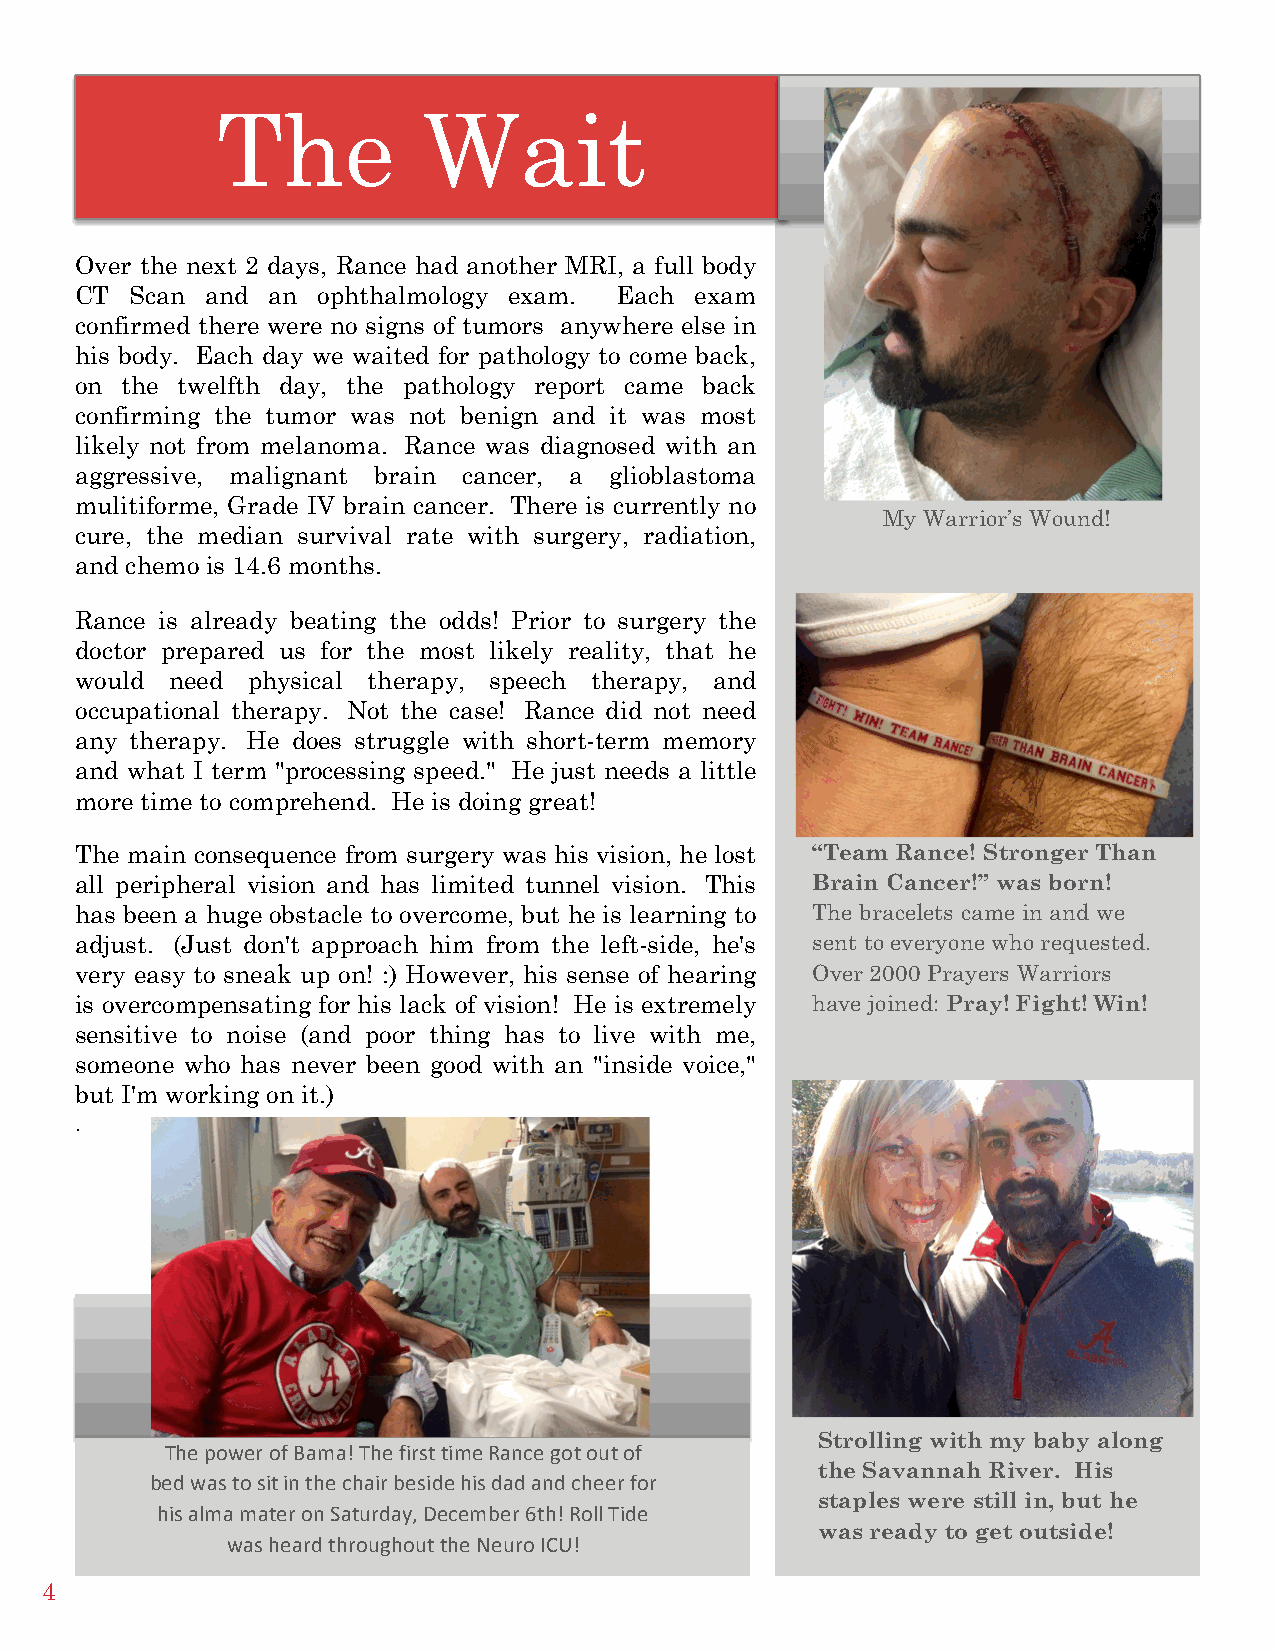
The           Wait                                   [Issue] :: [Date]
 Over the next 2 days, Rance had another MRI, a full body
 CT  Scan and an ophthalmology exam. Each exam
 confirmed there were no signs of tumors anywhere else in
 his body. Each day we waited for pathology to come back,
 on the twelfth day, the pathology report came back
 confirming the tumor was not benign and it was most
 likely not from melanoma. Rance was diagnosed with an
 aggressive, malignant brain cancer, a glioblastoma
 mulitiforme, Grade IV brain cancer. There is currently no
 My Warrior’s Wound!
 cure, the median survival rate with surgery, radiation,
 and chemo is 14.6 months.
 Rance is already beating the odds! Prior to surgery the
 doctor prepared us for the most likely reality, that he
 would need physical therapy, speech therapy, and
 occupational therapy. Not the case! Rance did not need
 any therapy. He does struggle with short-term memory
 and what I term "processing speed." He just needs a little
 more time to comprehend. He is doing great!
 The main consequence from surgery was his vision, he lost “Team Rance! Stronger Than
 all peripheral vision and has limited tunnel vision. This Brain Cancer!” was born!
 has been a huge obstacle to overcome, but he is learning to The bracelets came in and we
 adjust. (Just don't approach him from the left-side, he's sent to everyone who requested.
 very easy to sneak up on! :) However, his sense of hearing Over 2000 Prayers Warriors
 is overcompensating for his lack of vision! He is extremely have joined: Pray! Fight! Win!
 sensitive to noise (and poor thing has to live with me,
 someone who has never been good with an "inside voice,"
 but I'm working on it.)
 .
 Strolling with my baby along
 The power of Bama! The first time Rance got out of
 the Savannah River. His
 bed was to sit in the chair beside his dad and cheer for
 staples were still in, but he
 his alma mater on Saturday, December 6th! Roll Tide
 was ready to get outside!
 was heard throughout the Neuro ICU!
 4